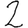
Digit: 2